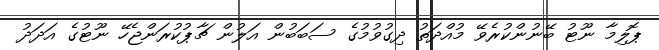
ޕޮލިމާ ނޫޓު ބޭނުންކުރެވޭ މުއްދަތު ދިގުވުމުގެ ސަބަބުން އަލުން ޗާޕުކުރަންޖެހޭ ނޫޓުގެ އަދަދު